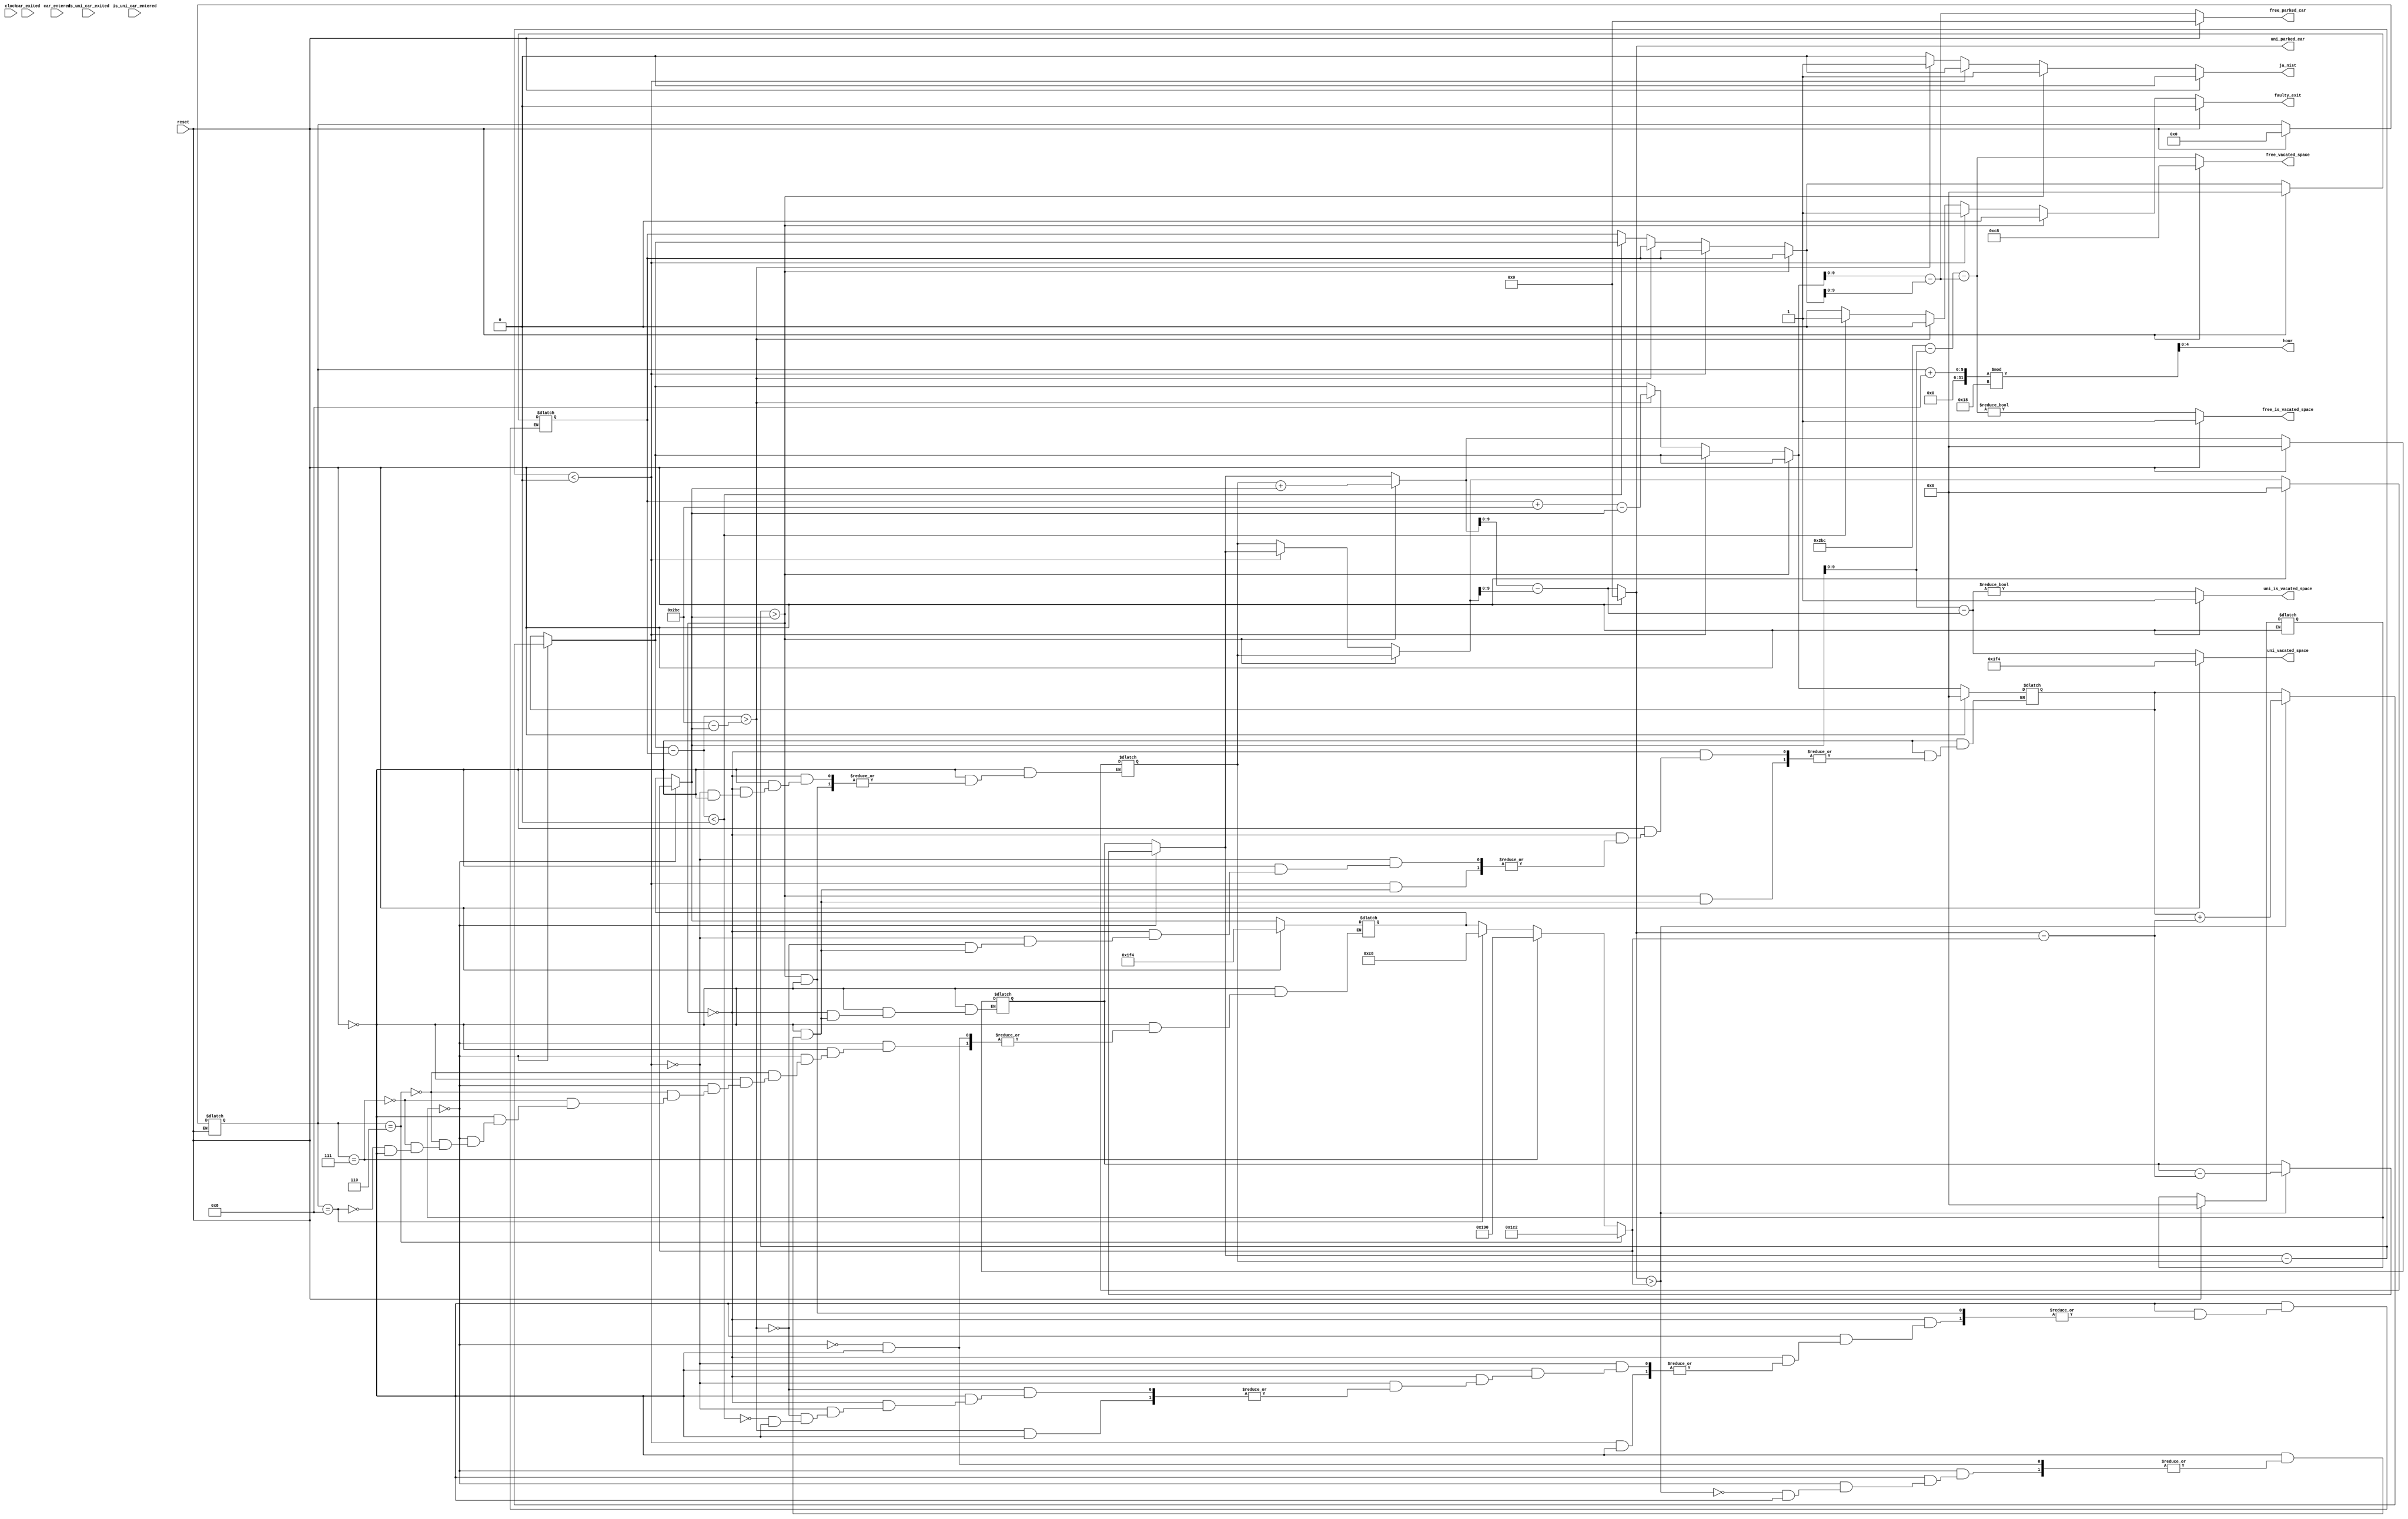
module Parking 
(
    input clock, reset, car_entered, is_uni_car_entered, car_exited, is_uni_car_exited,
    output wire [4:0] hour,
    output reg [9:0] uni_parked_car, free_parked_car, uni_vacated_space, free_vacated_space,
    output reg uni_is_vacated_space, free_is_vacated_space, ja_nist, faulty_exit
);
    localparam CLOCKS_IN_HOUR = 500;
    localparam TOTAL_CAPACITY = 700;
    reg [4:0] hourBase8;
    reg clock_edge_det, car_entered_det, car_exited_det;
    integer counter; //each hour is 500 clocks
    integer uni_capacity;

    assign hour = (hourBase8 + 8)%24;

    integer enteredUniCarCount, exitedUniCarCount, enteredFreeCarCount, exitedFreeCarCount;
    integer tempUni, tempFree;

    always @(reset or clock or car_entered or car_exited) begin
        if (reset) begin
            hourBase8 = 5'b0;
            counter = 0;
            // reset
            uni_parked_car = 10'b0;
            free_parked_car = 10'b0;
            uni_vacated_space = 10'd500;
            free_vacated_space = 10'd200;
            uni_is_vacated_space = 1'b1;
            free_is_vacated_space = 1'b1;
            ja_nist = 1'b0;
            faulty_exit = 1'b0;
            uni_capacity = 500;
            enteredUniCarCount = 0;
            exitedUniCarCount = 0;
            enteredFreeCarCount = 0;
            exitedFreeCarCount = 0;
        end
        else begin
            // increase time at posedge of clock
            if (clock && !clock_edge_det) begin
                counter = (counter + 1) % CLOCKS_IN_HOUR;
                if (counter == 0) begin
                    hourBase8 = (hourBase8 + 1) % 24;
                    if (hourBase8 == 0) begin
                        // reset (day is over)
                        uni_parked_car = 10'b0;
                        free_parked_car = 10'b0;
                        uni_vacated_space = 10'd500;
                        free_vacated_space = 10'd200;
                        uni_is_vacated_space = 1'b1;
                        free_is_vacated_space = 1'b1;
                        ja_nist = 1'b0;
                        faulty_exit = 1'b0;
                        uni_capacity = 500;
                        enteredUniCarCount = 0;
                        exitedUniCarCount = 0;
                        enteredFreeCarCount = 0;
                        exitedFreeCarCount = 0;
                    end
                end
            end

            // update capacity
            if (counter == 0) begin
                if (hourBase8 == 6)
                    uni_capacity = 450;
                else if (hourBase8 == 7)
                    uni_capacity = 400;
                else if (hourBase8 == 8)
                    uni_capacity = 200;

                // free uni cars if they don't fit
                if (uni_parked_car > uni_capacity) begin
                    enteredFreeCarCount = enteredFreeCarCount + (uni_parked_car - uni_capacity);
                    enteredUniCarCount = enteredUniCarCount - (uni_parked_car - uni_capacity);
                end
            end

            if (car_entered_det && !car_entered) begin
                if (is_uni_car_entered) enteredUniCarCount = enteredUniCarCount + 1;
                else enteredFreeCarCount = enteredFreeCarCount + 1;
            end

            if (car_exited_det && !car_exited) begin
                if (is_uni_car_exited) exitedUniCarCount = exitedUniCarCount + 1;
                else exitedFreeCarCount = exitedFreeCarCount + 1;
            end

            // update car counts and error signals
            ja_nist = 0;
            faulty_exit = 0;
            tempUni = enteredUniCarCount - exitedUniCarCount;
            tempFree = enteredFreeCarCount - exitedFreeCarCount;
            if (tempUni > uni_capacity) begin
                enteredUniCarCount = exitedUniCarCount + uni_capacity;
                ja_nist = 1;
            end
            else if (tempUni < 0) begin
                exitedUniCarCount = enteredUniCarCount;
                faulty_exit = 1;
            end
            else if (tempFree > TOTAL_CAPACITY - uni_capacity) begin
                enteredFreeCarCount = exitedFreeCarCount + TOTAL_CAPACITY - uni_capacity;
                ja_nist = 1;
            end
            else if (tempFree < 0) begin
                exitedFreeCarCount = enteredFreeCarCount;
                faulty_exit = 1;
            end
            uni_parked_car = enteredUniCarCount - exitedUniCarCount;
            free_parked_car = enteredFreeCarCount - exitedFreeCarCount;
            uni_vacated_space = uni_capacity - uni_parked_car;
            free_vacated_space = TOTAL_CAPACITY - uni_capacity - free_parked_car;
            uni_is_vacated_space = (uni_vacated_space != 0);
            free_is_vacated_space = (free_vacated_space != 0);
        end

        clock_edge_det = clock;
        car_entered_det = car_entered;
        car_exited_det = car_exited;
    end
    
endmodule